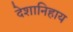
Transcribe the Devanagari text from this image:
देशानिहाय